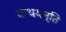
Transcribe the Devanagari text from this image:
कथयन्ति